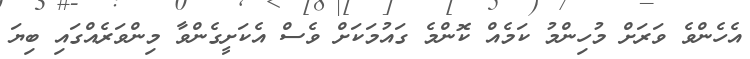
އެހެންވެ ވަރަށް މުހިންމު ކަމެއް ކޮންމެ ގައުމަކަށް ވެސް އެކަށީގެންވާ މިންވަރެއްގައި ބިޔަ